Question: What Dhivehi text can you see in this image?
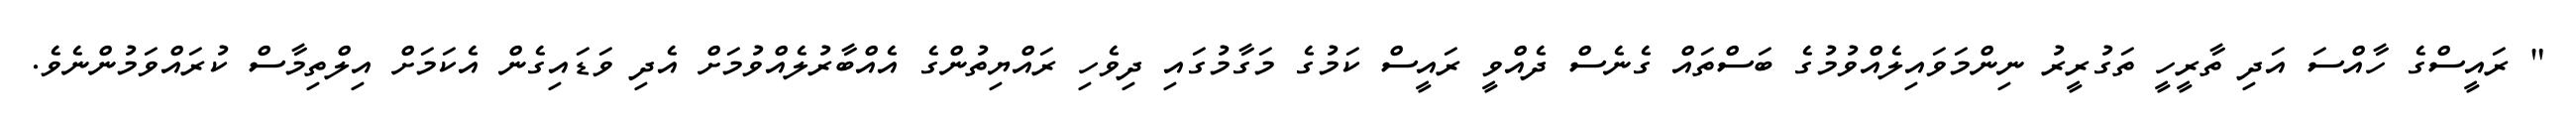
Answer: " ރައީސްގެ ހާއްސަ އަދި ތާރީހީ ތަގުރީރު ނިންމަވައިލެއްވުމުގެ ބަސްތައް ގެނެސް ދެއްވީ ރައީސް ކަމުގެ މަގާމުގައި ދިވެހި ރައްޔިތުންގެ އެއްބާރުލެއްވުމަށް އެދި ވަޑައިގެން އެކަމަށް އިލްތިމާސް ކުރައްވަމުންނެވެ.